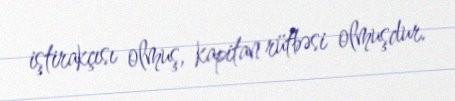
iştirakçısı olmuş, kapitan rütbəsi olmuşdur.